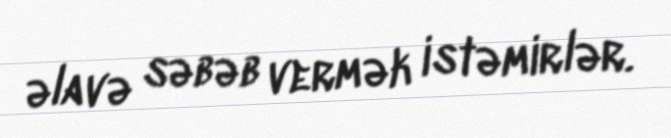
əlavə səbəb vermək istəmirlər.